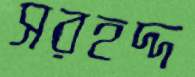
সরহদ্দ